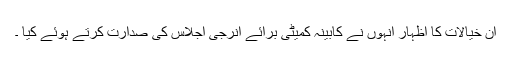
ان خیالات کا اظہار انہوں نے کابینہ کمیٹی برائے انرجی اجلاس کی صدارت کرتے ہوئے کیا ۔